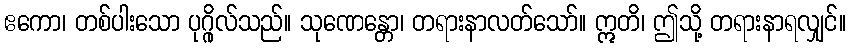
ဧကော၊ တစ်ပါးသော ပုဂ္ဂိုလ်သည်။ သုဏေန္တော၊ တရားနာလတ်သော်။ ဣတိ၊ ဤသို့ တရားနာရလျှင်။